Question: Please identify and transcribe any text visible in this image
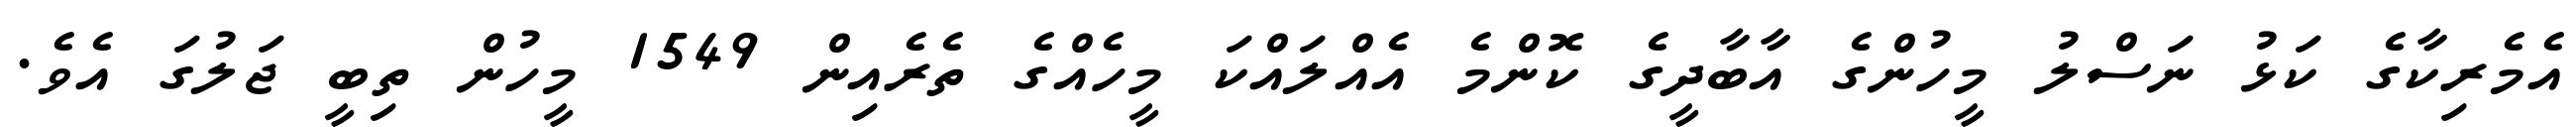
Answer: އެމެރިކާގެ ކަޅު ނަސްލު މީހުންގެ އާބާދީގެ ކޮންމެ އެއްލައްކަ މީހެއްގެ ތެރެއިން 1549 މީހުން ތިބީ ޖަލުގަ އެވެ.